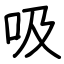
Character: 吸